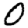
Digit: 0